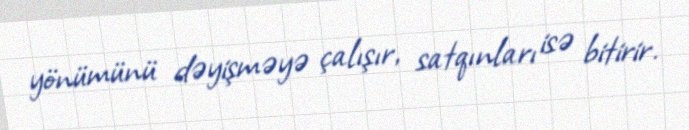
yönümünü dəyişməyə çalışır, satqınları isə bitirir.